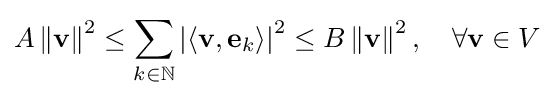
A\left\|\mathbf {v} \right\|^{2}\leq \sum _{k\in \mathbb {N} }\left|\langle \mathbf {v} ,\mathbf {e} _{k}\rangle \right|^{2}\leq B\left\|\mathbf {v} \right\|^{2},\quad \forall \mathbf {v} \in V